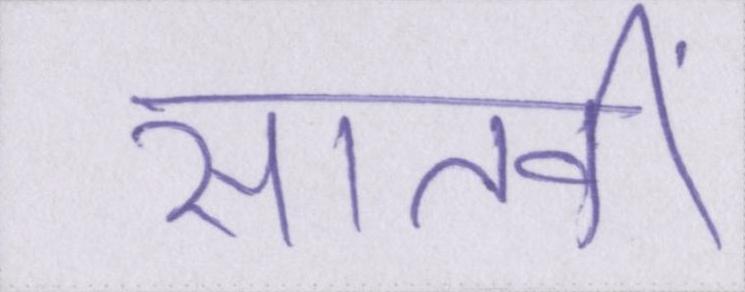
सातवीं